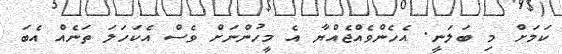
ކަމަށް މި ބަލަނީ. އެހެންވެއްޖެއްޔާ އެ މީހުންނަށް ވެސް އެކަހަލަ ތަނެއް އެބަ